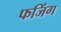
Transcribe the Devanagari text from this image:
फजिंग